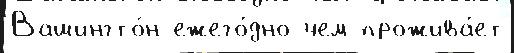
Вашингто́н ежего́дно чем прожива́ет